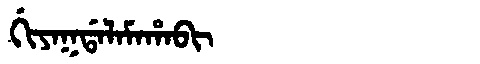
Manchu: ᡤᡳᠶᠠᡴᡩᠠᠯᠠᠮᠠᡥᠠᠪᡳ
Romanization: GIYAKDALAMAHABI